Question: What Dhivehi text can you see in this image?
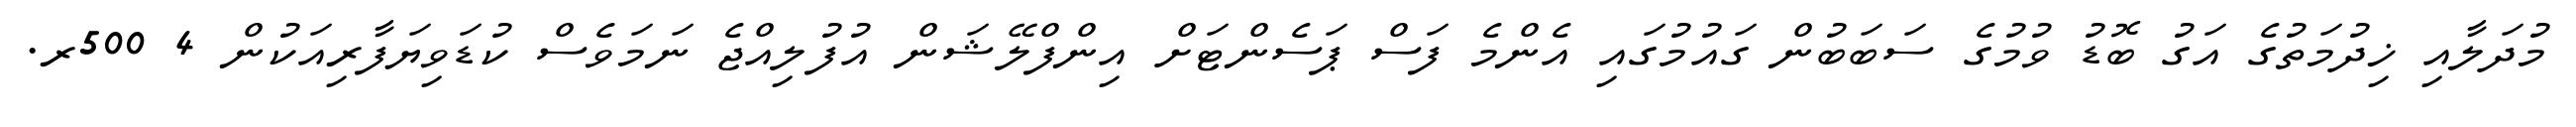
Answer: މުދަލާއި ޚިދުމަތުގެ އަގު ބޮޑު ވުމުގެ ސަބަބުން ގައުމުގައި އެންމެ ފަސް ޕަސެންޓަށް އިންފްލޭޝަން އުފުލިއްޖެ ނަމަވެސް ކުޑަވިޔަފާރިއަކުން 4 500ރ.